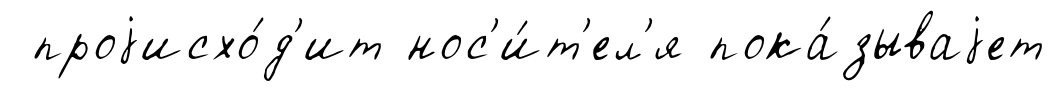
проjисхо́д'ит нос'и́т'ел'я пока́зываjет